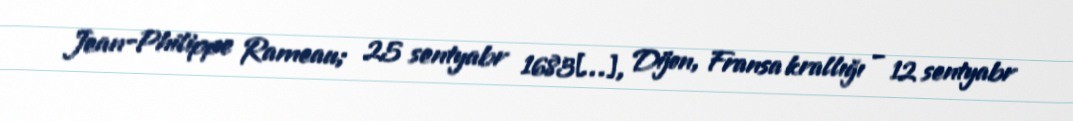
Jean-Philippe Rameau; 25 sentyabr 1683[…], Dijon, Fransa krallığı – 12 sentyabr